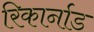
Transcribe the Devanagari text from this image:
रिकार्नाड